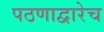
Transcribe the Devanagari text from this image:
पठणाद्वारेच